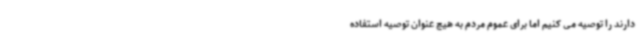
دارند را توصیه می کنیم اما برای عموم مردم به هیچ عنوان توصیه استفاده